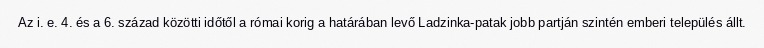
Az i. e. 4. és a 6. század közötti időtől a római korig a határában levő Ladzinka-patak jobb partján szintén emberi település állt.